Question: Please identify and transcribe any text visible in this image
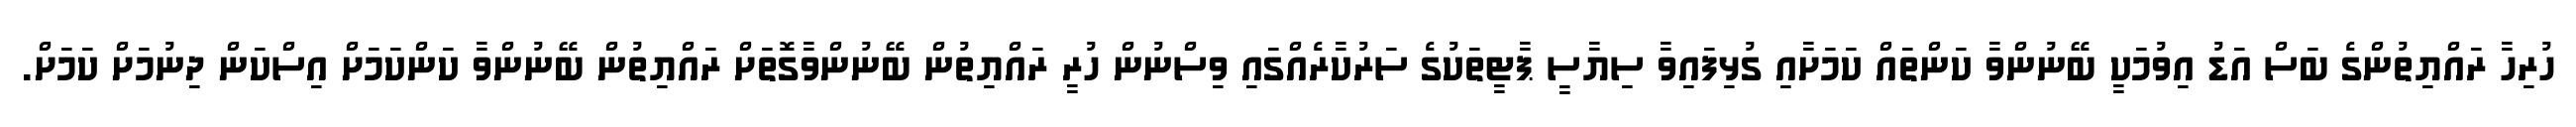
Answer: ހުރިހާ ރައްޔިތުންގެ ބަސް އަޑު އިވުމަކީ ބޭނުންވާ ކަންތައް ކަމަށާއި ގުޅިފައިވާ ސިޔާސީ ޕާޓީތަކުގެ ސަރުކާރެއްގައި ވިސްނުން ހުރީ ރައްޔިތުން ބޭނުންވާގޮތަށް ރައްޔިތުން ބޭނުންވާ ކަންކަމަށް އިސްކަން ދިނުމަށް ކަމަށް.